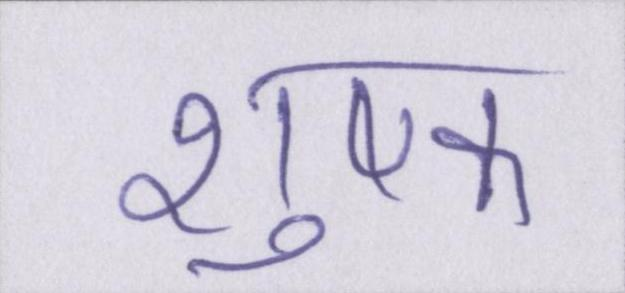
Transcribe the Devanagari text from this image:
शुष्क